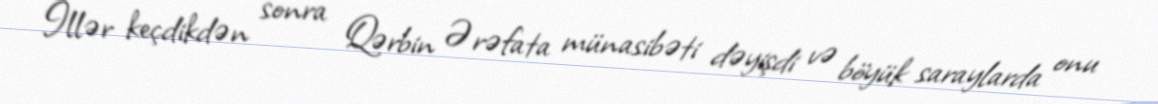
İllər keçdikdən sonra Qərbin Ərəfata münasibəti dəyişdi və böyük saraylarda onu